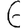
Digit: 6